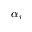
\alpha _ { v }